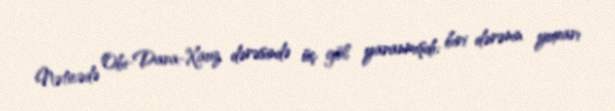
Nəticədə Obi-Dara-Xauz dərəsində üç göl yaranmışdı: biri dərənin yuxarı